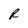
Character: R